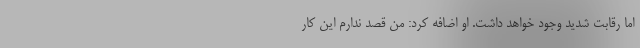
اما رقابت شدید وجود خواهد داشت. او اضافه کرد: من قصد ندارم این کار